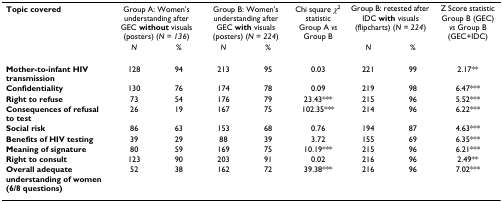
<table><thead><tr><td><b>Topic covered</b></td><td colspan="2"><b>Group A: Women&#x27;s understanding after GEC without visuals (posters) (<i>N = 136</i>)</b></td><td colspan="2"><b>Group B: Women&#x27;s understanding after GEC with visuals (posters) (<i>N = 224</i>)</b></td><td><b>Chi square <i>χ</i><sup>2 </sup>statistic Group A <i>vs </i>Group B</b></td><td colspan="2"><b>Group B: retested after IDC with visuals (flipcharts) (<i>N = 224</i>)</b></td><td><b>Z Score statistic Group B (GEC) <i>vs </i>Group B (GEC+IDC)</b></td></tr><tr><td></td><td><b><i>N</i></b></td><td><b>%</b></td><td><b><i>N</i></b></td><td><b>%</b></td><td></td><td><b><i>N</i></b></td><td><b>%</b></td><td></td></tr></thead><tbody><tr><td><b>Mother-to-infant HIV transmission</b></td><td>128</td><td>94</td><td>213</td><td>95</td><td>0.03</td><td>221</td><td>99</td><td>2.17**</td></tr><tr><td><b>Confidentiality</b></td><td>130</td><td>76</td><td>174</td><td>78</td><td>0.09</td><td>219</td><td>98</td><td>6.47***</td></tr><tr><td><b>Right to refuse</b></td><td>73</td><td>54</td><td>176</td><td>79</td><td>23.43***</td><td>215</td><td>96</td><td>5.52***</td></tr><tr><td><b>Consequences of refusal to test</b></td><td>26</td><td>19</td><td>167</td><td>75</td><td>102.35***</td><td>214</td><td>96</td><td>6.22***</td></tr><tr><td><b>Social risk</b></td><td>86</td><td>63</td><td>153</td><td>68</td><td>0.76</td><td>194</td><td>87</td><td>4.63***</td></tr><tr><td><b>Benefits of HIV testing</b></td><td>39</td><td>29</td><td>88</td><td>39</td><td>3.72</td><td>155</td><td>69</td><td>6.35***</td></tr><tr><td><b>Meaning of signature</b></td><td>80</td><td>59</td><td>169</td><td>75</td><td>10.19***</td><td>215</td><td>96</td><td>6.21***</td></tr><tr><td><b>Right to consult</b></td><td>123</td><td>90</td><td>203</td><td>91</td><td>0.02</td><td>216</td><td>96</td><td>2.49**</td></tr><tr><td><b>Overall adequate understanding of women (6/8 questions)</b></td><td>52</td><td>38</td><td>162</td><td>72</td><td>39.38***</td><td>216</td><td>96</td><td>7.02***</td></tr></tbody></table>